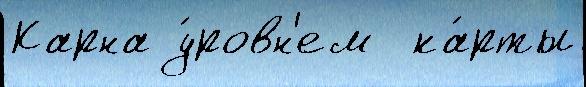
Карна у́ровн'ем  ка́рты